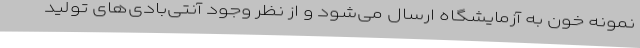
نمونه خون به آزمایشگاه ارسال می‌شود و از نظر وجود آنتی‌بادی‌های تولید